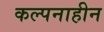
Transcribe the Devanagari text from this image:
कल्पनाहीन